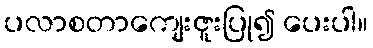
ပလာစတာကျေးဇူးပြု၍ ပေးပါ။